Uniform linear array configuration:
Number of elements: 4
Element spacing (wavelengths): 0.25
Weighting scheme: blackman
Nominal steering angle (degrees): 60
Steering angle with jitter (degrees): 61.273
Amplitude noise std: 0.05
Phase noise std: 0.05

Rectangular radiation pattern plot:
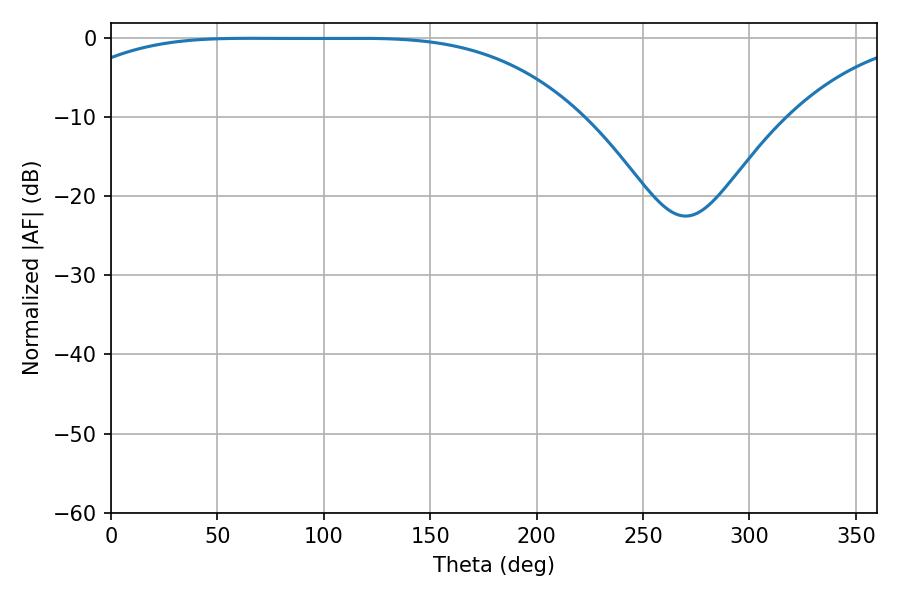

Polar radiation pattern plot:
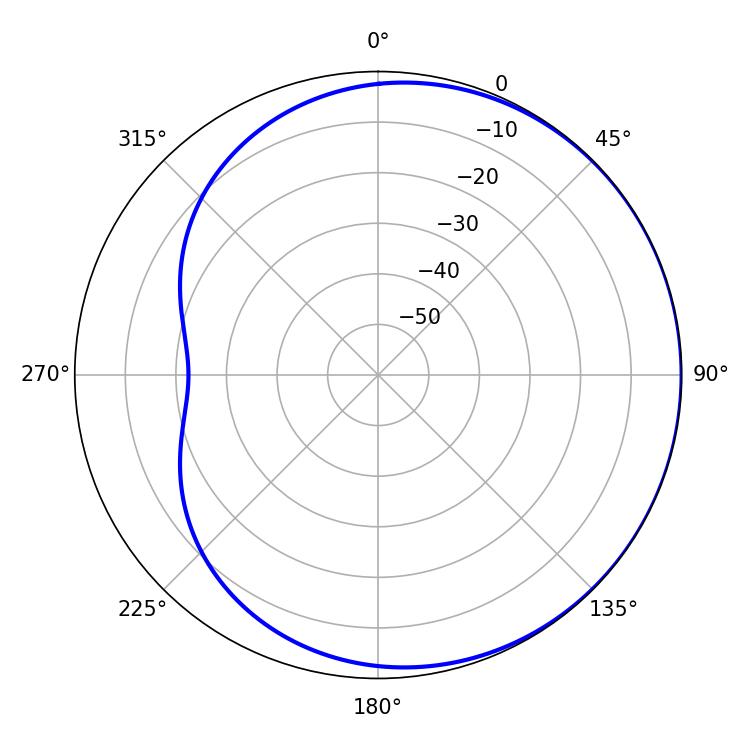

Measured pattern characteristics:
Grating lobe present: FALSE
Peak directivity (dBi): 0.5496
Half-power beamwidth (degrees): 185.04
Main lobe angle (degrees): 65.88